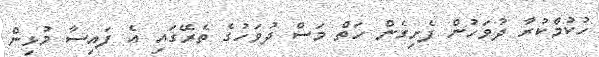
ހުކުމްކުރާ ދުވަހުން ފެށިގެން ހަތް މަސް ދުވަހުގެ ތެރޭގައި އެ ފައިސާ މުޅިން